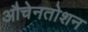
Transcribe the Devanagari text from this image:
औचेनतोशन